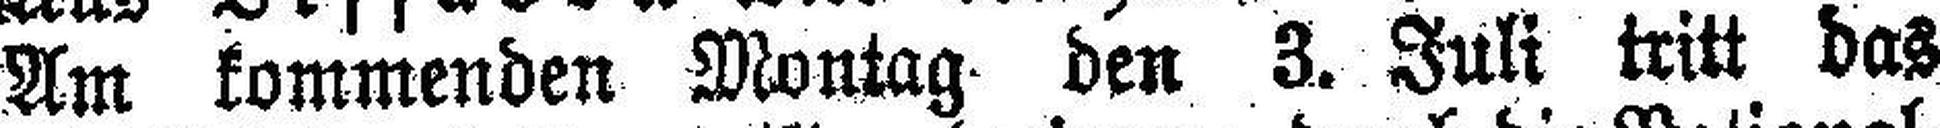
Am kommenden Montag den 3. Juli tritt das